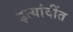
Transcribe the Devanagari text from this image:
इत्यांदींत